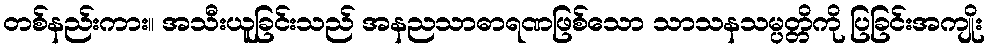
တစ်နည်းကား။ အသီးယူခြင်းသည် အနညသာဓာရဏဖြစ်သော သာသနသမ္ပတ္တိကို ပြခြင်းအကျိုး